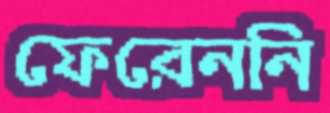
ফেরেননি